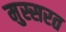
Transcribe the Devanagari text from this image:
मुस्सरत